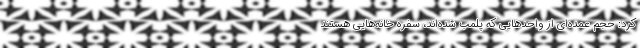
کرد: حجم عمده‌ای از واحدهایی که پلمب شده‌اند، سفره خانه‌هایی هستند